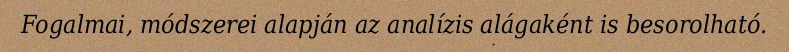
Fogalmai, módszerei alapján az analízis alágaként is besorolható.